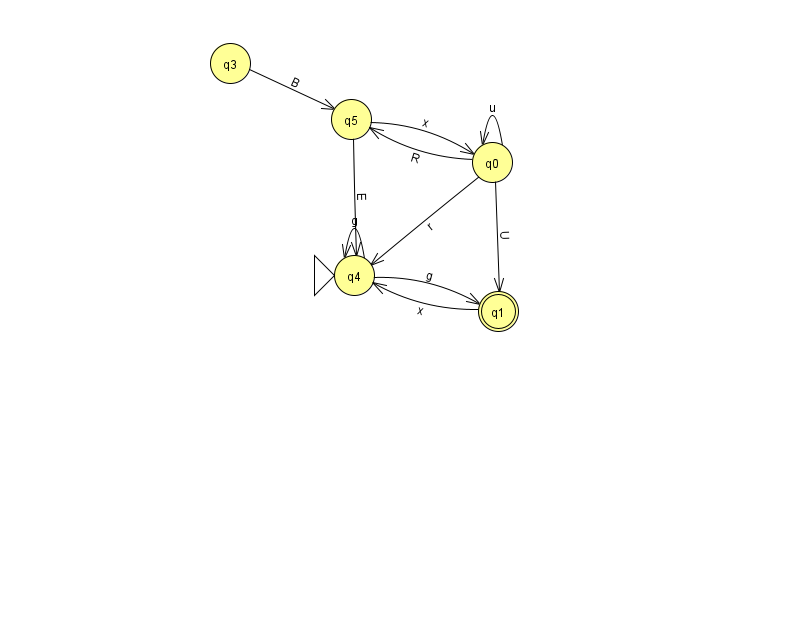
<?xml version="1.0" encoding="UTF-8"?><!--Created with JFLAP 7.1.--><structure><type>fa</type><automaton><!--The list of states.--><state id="0" name="q0"><x>492.0</x><y>149.0</y></state><state id="1" name="q1"><x>498.0</x><y>298.0</y><final/></state><state id="3" name="q3"><x>230.0</x><y>50.0</y></state><state id="4" name="q4"><x>354.0</x><y>262.0</y><initial/></state><state id="5" name="q5"><x>351.0</x><y>106.0</y></state><!--The list of transitions.--><transition><from>3</from><to>5</to><read>B</read></transition><transition><from>5</from><to>0</to><read>x</read></transition><transition><from>0</from><to>0</to><read>u</read></transition><transition><from>0</from><to>4</to><read>r</read></transition><transition><from>1</from><to>4</to><read>x</read></transition><transition><from>4</from><to>4</to><read>g</read></transition><transition><from>4</from><to>1</to><read>g</read></transition><transition><from>5</from><to>4</to><read>E</read></transition><transition><from>0</from><to>5</to><read>R</read></transition><transition><from>0</from><to>1</to><read>U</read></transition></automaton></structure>